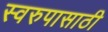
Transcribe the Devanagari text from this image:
स्वरुपासाठी